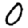
Digit: 0